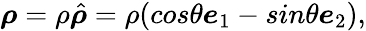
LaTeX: \boldsymbol{\rho}=\rho\hat{\boldsymbol{\rho}}=\rho(cos\theta\boldsymbol{e}_{1}-sin\theta\boldsymbol{e}_{2}),